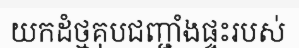
យកដំថ្មគុបជញ្ជាំងផ្ទះរបស់